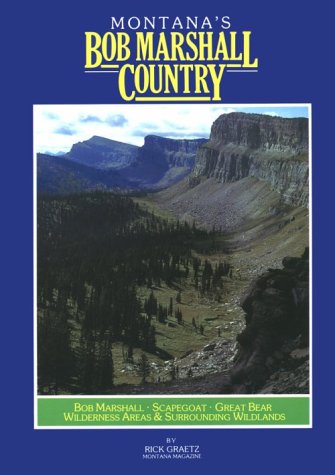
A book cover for Montana's Bob Marshall Country: The Bob Marshall, Scapegoat, Great Bear Wilderness Areas and Surrouding Wildlands (Montana Geographic Series); Rick Graetz; Travel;